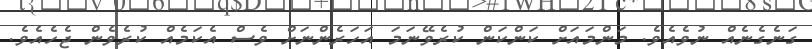
ގަނެގެނެއް ނުވެއެވެ. މަންމައަށް ކަންކަން ކުރެވޭނަމަ އަހަރެންނަށް ވެސް އެކަމެއް ކުރެވެން ޖެހެއެވެ.